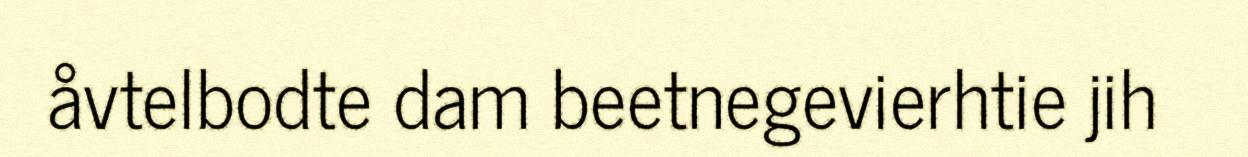
åvtelbodte dam beetnegevierhtie jih